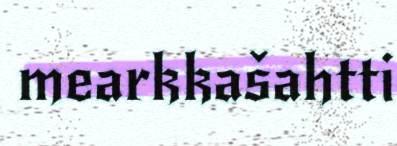
mearkkašahtti